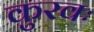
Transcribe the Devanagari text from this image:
कुरवः